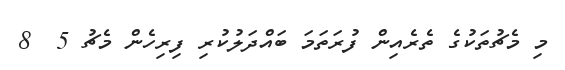
މި މެޗުތަކުގެ ތެރެއިން ފުރަތަމަ ބައްދަލުކުރި ފިރިހެން މެޗު 5  8